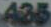
435